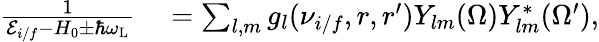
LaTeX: \begin{array}{rl}{\frac{1}{{\cal E}_{i/f}-H_{0}\pm\hbar\omega_{\mathrm{L}}}}&{{}=\sum_{l,m}g_{l}(\nu_{i/f},r,r^{\prime})Y_{lm}(\Omega)Y_{lm}^{*}(\Omega^{\prime}),}\end{array}